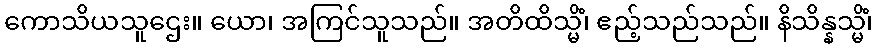
ကောသိယသူဌေး။ ယော၊ အကြင်သူသည်။ အတိထိသ္မိံ၊ ဧည့်သည်သည်။ နိသိန္နသ္မိံ၊